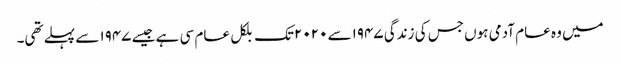
میں وہ عام آدمی ہوں جس کی زندگی ۱۹۴۷سے ۲۰۲۰تک بلکل عام سی ہے جیسے ۱۹۴۷ سے پہلے تھی۔